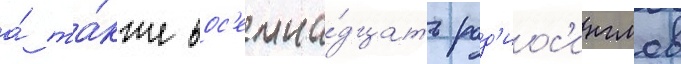
а́ та́кже вос'емна́дцать рад'иос'инглов